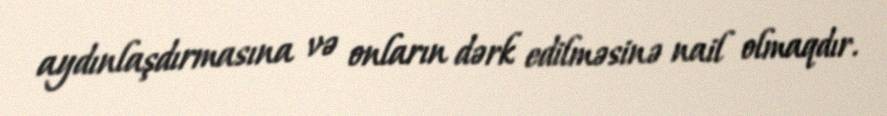
aydınlaşdırmasına və onların dərk edilməsinə nail olmaqdır.